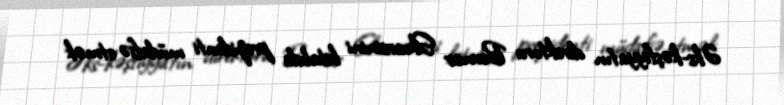
Əks-kəşfiyyatın direktoru Bernar Skvarsinini kitabda prezidenti müdafiə etmək